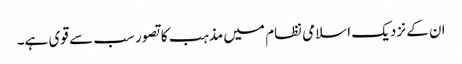
ان کے نزدیک اسلامی نظام میں مذہب کا تصور سب سے قوی ہے۔